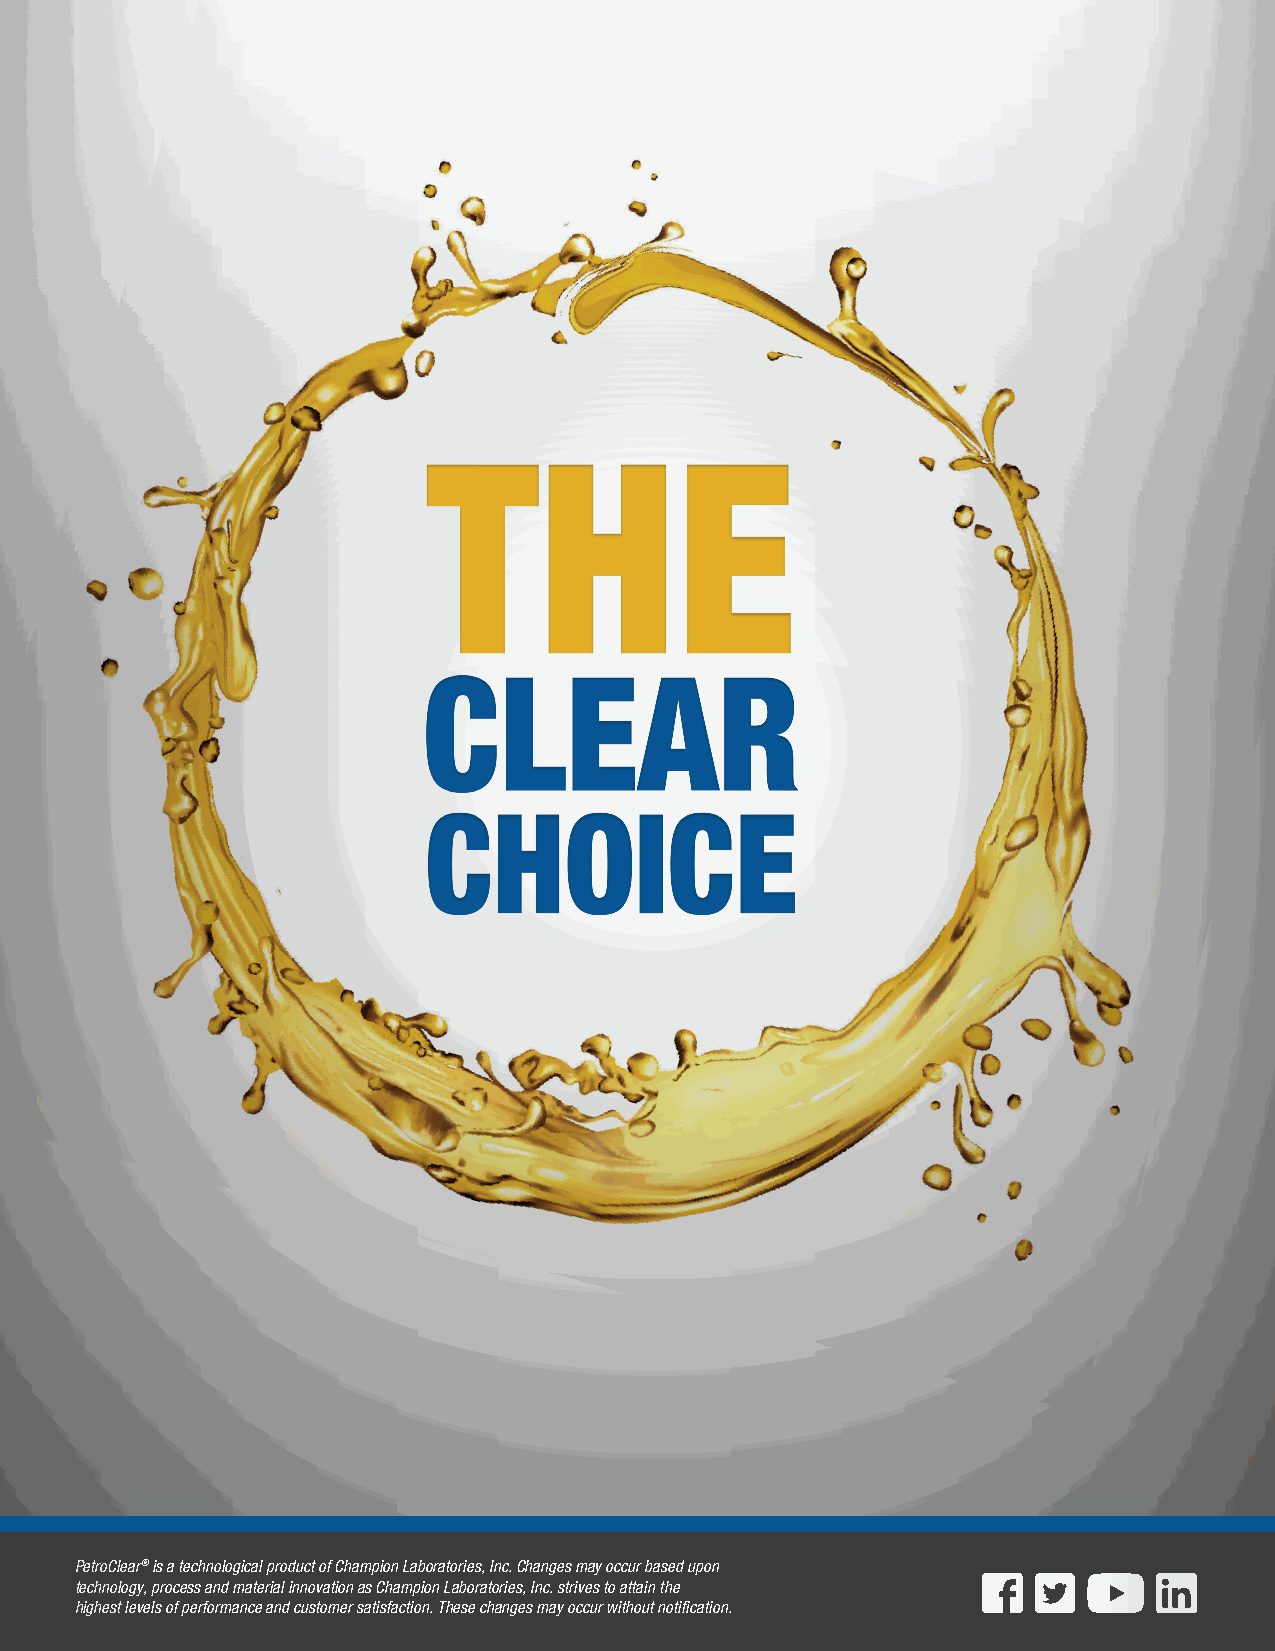
PetroClear® is a technological product of Champion Laboratories, Inc. Changes may occur based upon
 technology, process and material innovation as Champion Laboratories, Inc. strives to attain the
 36
 highest levels of performance and customer satisfaction. These changes may occur without notification.